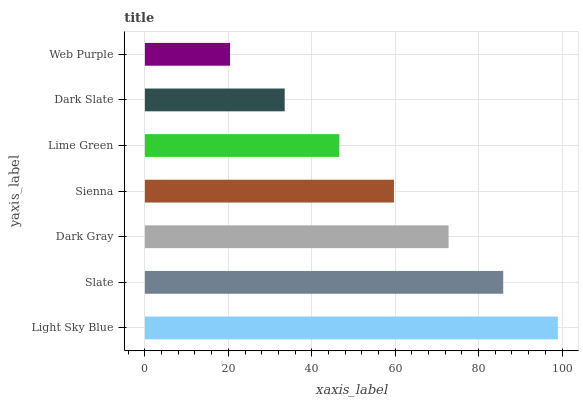
| yaxis_label | bars |
 | --- | --- |
 | Light Sky Blue | 99 |
 | Slate | 85.9 |
 | Dark Gray | 72.8 |
 | Sienna | 59.7 |
 | Lime Green | 46.6 |
 | Dark Slate | 33.5 |
 | Web Purple | 20.4 |